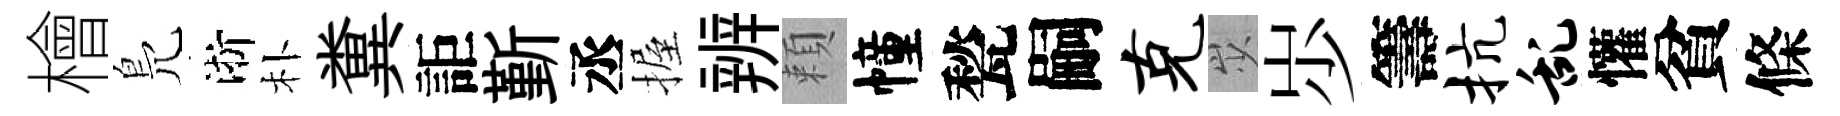
檜鳬淅朴糞詎斳丞握辨頼幢甃嗣克𡵯𡵯籌抗乱懽貧條